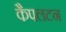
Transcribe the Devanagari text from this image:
कैपलटन